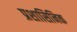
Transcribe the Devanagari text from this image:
प्रशासिनिक